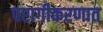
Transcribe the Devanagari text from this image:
परागीकरणात